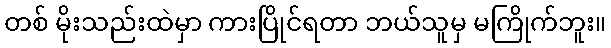
တစ် မိုးသည်းထဲမှာ ကားပြိုင်ရတာ ဘယ်သူမှ မကြိုက်ဘူး။